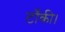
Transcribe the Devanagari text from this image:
टाँकी।